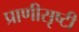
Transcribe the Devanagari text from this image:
प्राणीसृष्टी